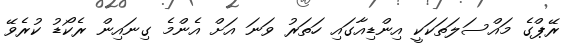
ރޭޕްގެ މައްސަލަތަކަކީ އިންޑިއާގައި ހަތަރު ވަނަ އަށް އެންމެ ގިނައިން ރެކޯޑު ކުރެވޭ